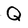
Character: Q